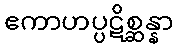
ဧကာဟပ္ပဋိစ္ဆန္နာ